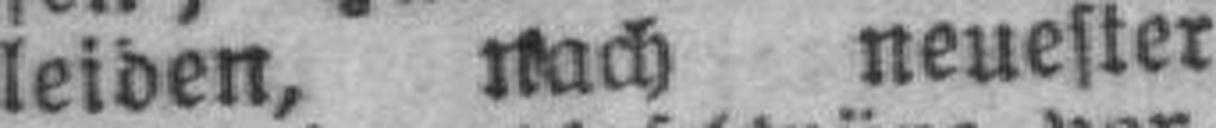
leiden, nach neuester